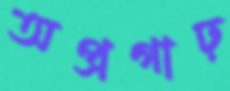
অপ্রগাঢ়